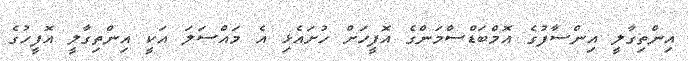
އިންތިގާލީ އިންސާފުގެ އޮމްބަޑްސްމަންގެ އޮފީހަށް ހުށައެޅި އެ މައްސަލަ އަކީ އިންތިގާލީ އޮފީހުގެ